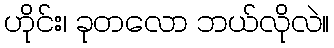
ဟိုင်း၊ ခုတလော ဘယ်လိုလဲ။